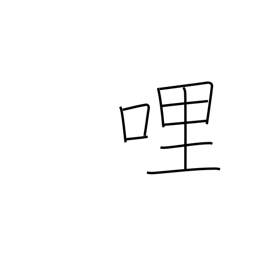
Meaning: mile